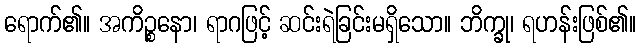
ရောက်၏။ အကိဉ္စနော၊ ရာဂဖြင့် ဆင်းရဲခြင်းမရှိသော။ ဘိက္ခု၊ ရဟန်းဖြစ်၏။